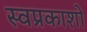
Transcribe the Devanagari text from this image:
स्वप्रकाशो